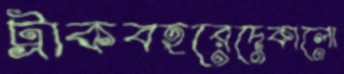
ট্রাকবহরেদেকালো